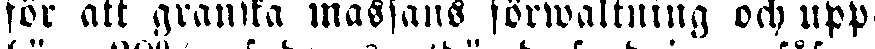
för att granska massans förwaltning och upp-